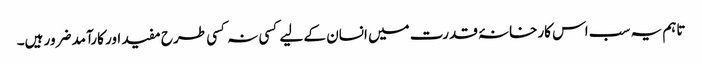
تاہم یہ سب اس کارخانۂ قدرت میں انسان کے لیے کسی نہ کسی طرح مفید اور کارآمد ضرور ہیں۔